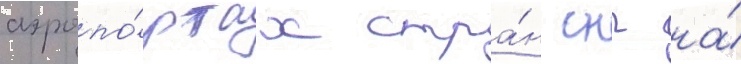
аэропо́ртах стра́н снг на́